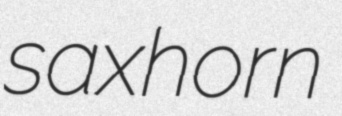
saxhorn